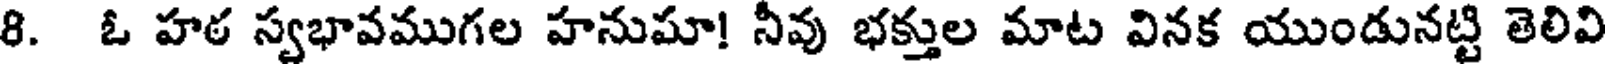
8. ఓ హఠ స్వభావముగల హనుమా! నీవు భక్తుల మాట వినక యుండునట్టి తెలివి